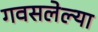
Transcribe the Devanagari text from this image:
गवसलेल्या